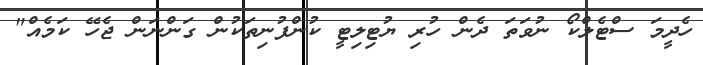
ހެދީމަ ސްޓެލްކޯ ނުވަތަ ދެން ހުރި ޔުޓިލިޓީ ކުންފުނިތަކުން ގަންނަން ޖެހޭ ކަމެއް"